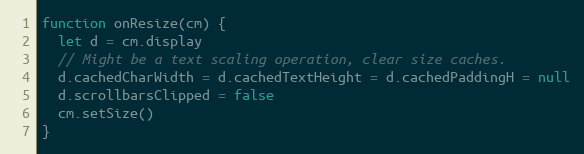
Language: JavaScript
function onResize(cm) {
  let d = cm.display
  // Might be a text scaling operation, clear size caches.
  d.cachedCharWidth = d.cachedTextHeight = d.cachedPaddingH = null
  d.scrollbarsClipped = false
  cm.setSize()
}